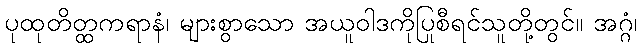
ပုထုတိတ္ထကရာနံ၊ များစွာသော အယူဝါဒကိုပြုစီရင်သူတို့တွင်။ အဂ္ဂံ၊